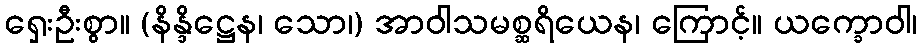
ရှေးဦးစွာ။ (နိန္ဒိဋ္ဌေန၊ သော၊) အာဝါသမစ္ဆရိယေန၊ ကြောင့်။ ယက္ခောဝါ၊